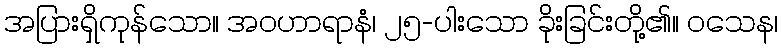
အပြားရှိကုန်သော။ အဝဟာရာနံ၊ ၂၅-ပါးသော ခိုးခြင်းတို့၏။ ဝသေန၊